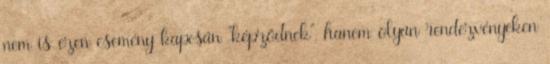
nem is ezen esemény kapcsán “képződnek”, hanem olyan rendezvényeken